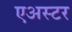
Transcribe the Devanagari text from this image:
एअस्टर